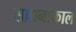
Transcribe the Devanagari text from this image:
साधनाकाल